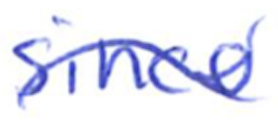
Text: since
Cross-out: wave
Writing tool: ballpoint